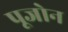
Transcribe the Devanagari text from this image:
पूजोन